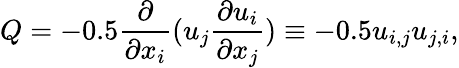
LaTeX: Q=-0.5\frac{\partial}{\partial x_{i}}(u_{j}\frac{\partial u_{i}}{\partial x_{j}})\equiv-0.5u_{i,j}u_{j,i},